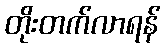
တိုးတက်လာရန်